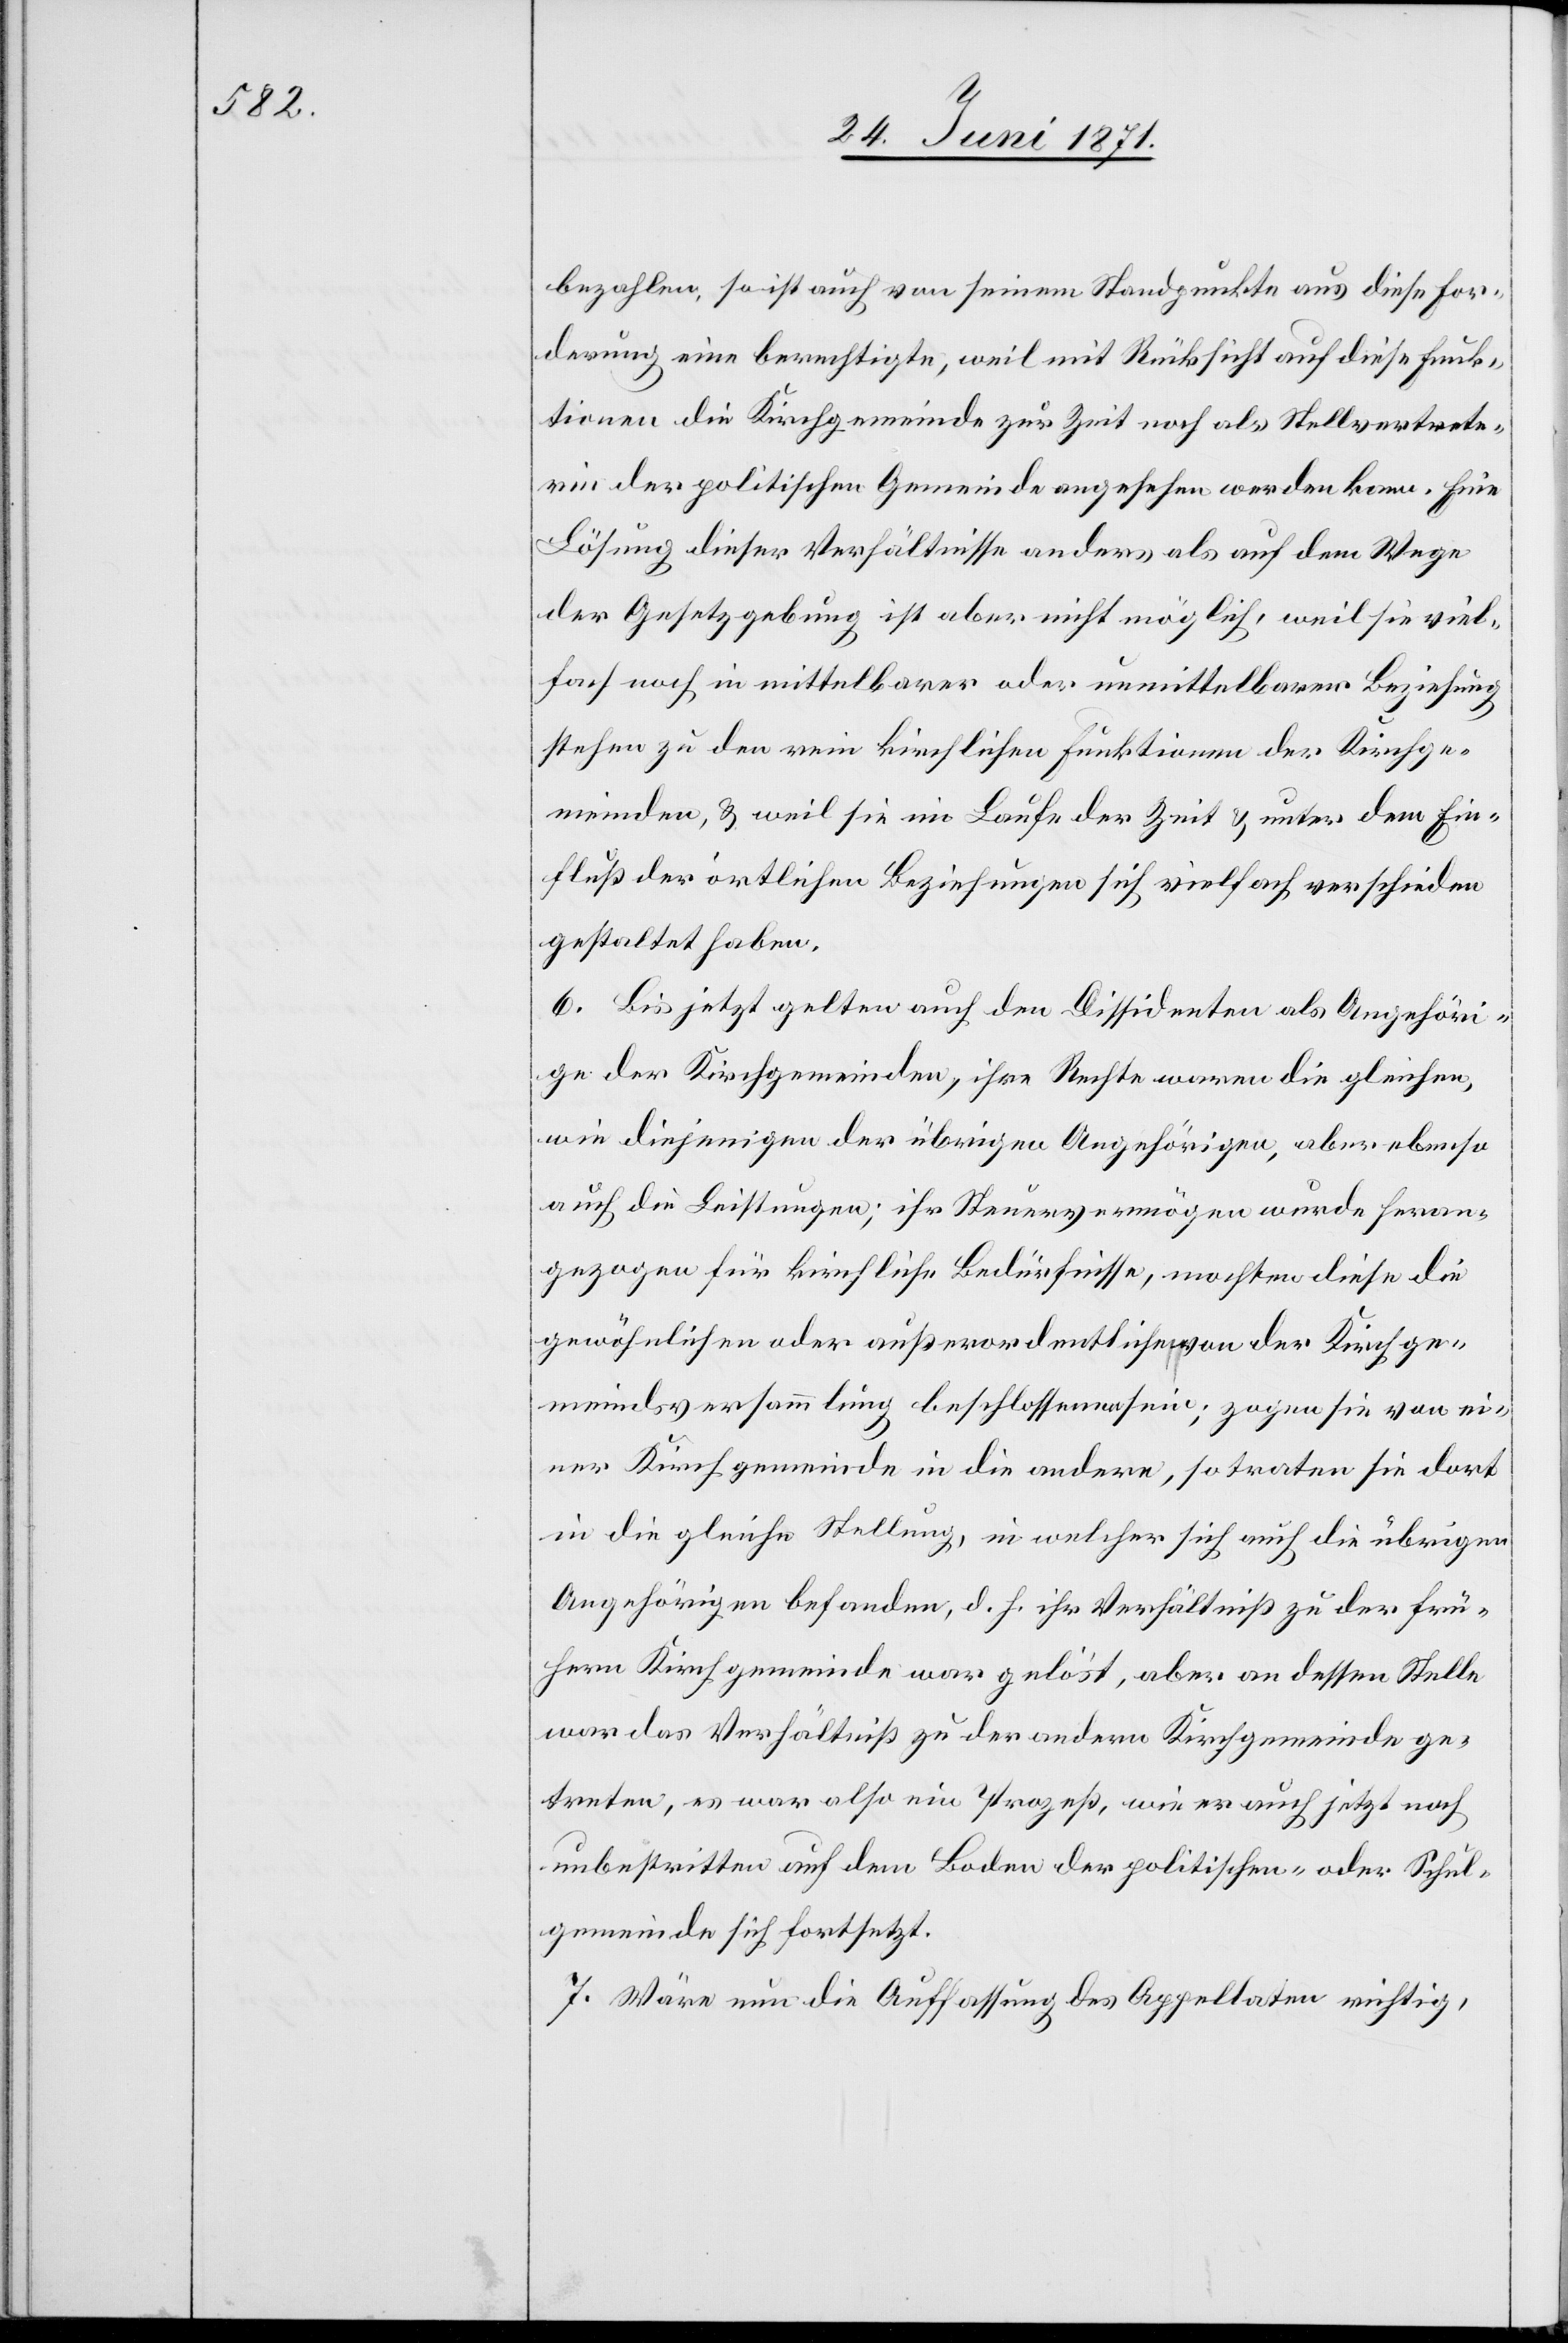
bezahlen, so ist auch von seinem Standpunkte aus diese For¬
derung eine berechtigte, weil mit Rücksicht auf diese Funk¬
tionen die Kirchgemeinde zur Zeit noch als Stellvertrete¬
rin der politischen Gemeinde angesehen werden kann. Eine
Lösung dieser Verhältnisse anders als auf dem Wege
der Gesetzgebung ist aber nicht möglich, weil sie viel¬
fach noch in mittelbarer oder unmittelbarer Beziehung
stehen zu den rein kirchlichen Funktionen der Kirchge¬
meinden, u. weil sie im Laufe der Zeit u. unter dem Ein¬
fluß der örtlichen Beziehungen sich vielfach verschieden
gestaltet haben.
6. Bis jetzt gelten auch den [sic!] Dissidenten als Angehöri¬
ge der Kirchgemeinden, ihre Rechte waren die gleichen,
wie diejenigen der übrigen Angehörigen, aber ebenso
auch die Leistungen; ihr Steuervermögen wurde heran¬
gezogen für kirchliche Bedürfnisse, mochten diese die
gewöhnlichen oder außerordentlichen von der Kirchge¬
meindsversammlung beschlossenen sein; zogen sie von ei¬
ner Kirchgemeinde in die andere, so traten sie dort
in die gleiche Stellung, in welcher sich auch die übrigen
Angehörigen befanden, d. h. ihr Verhältniß zu der frü¬
hern Kirchgemeinde war gelöst, aber an dessen Stelle
war das Verhältniß zu der andern Kirchgemeinde ge¬
treten, es war also ein Prozeß, wie er auch jetzt noch
unbestritten auf dem Boden der politischen- oder Schul¬
gemeinde sich fortsetzt.
7. Wäre nun die Auffassung des Appellaten richtig,